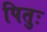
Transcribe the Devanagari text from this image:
पितुः